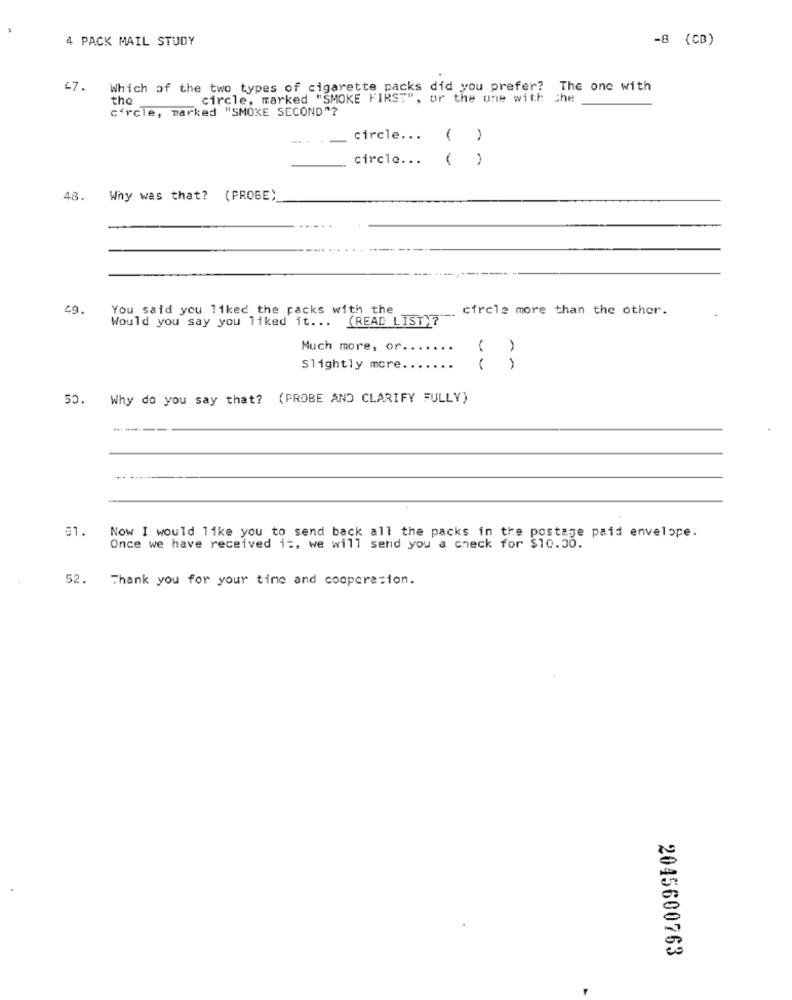
4 PACK MAIL STUDY
-8 (CB)
47.
Which of the two types of cigarette packs did you prefer?
The one with
the
circle, marked "SMOKE FIRST", or the one with the
circle, marked "SMOKE SECOND"?
-.. .
circle ...
-
circle ...
( )
48.
Why was that? (PROBE)
49.
You said you liked the packs with the
circle more than the other.
Would you say you liked it. .. (READ LIST) ?"-
Much more, or.
Slightly more ..
50.
Why do you say that? (PROBE AND CLARIFY FULLY)
31.
Now I would like you to send back all the packs in the postage paid envelope.
Once we have received it, we will send you a check for $10.00.
52.
Thank you for your time and cooperation.
2045600763